Indian journal of veterinary science and animal husbandry - Volume 7,
Year: 1937
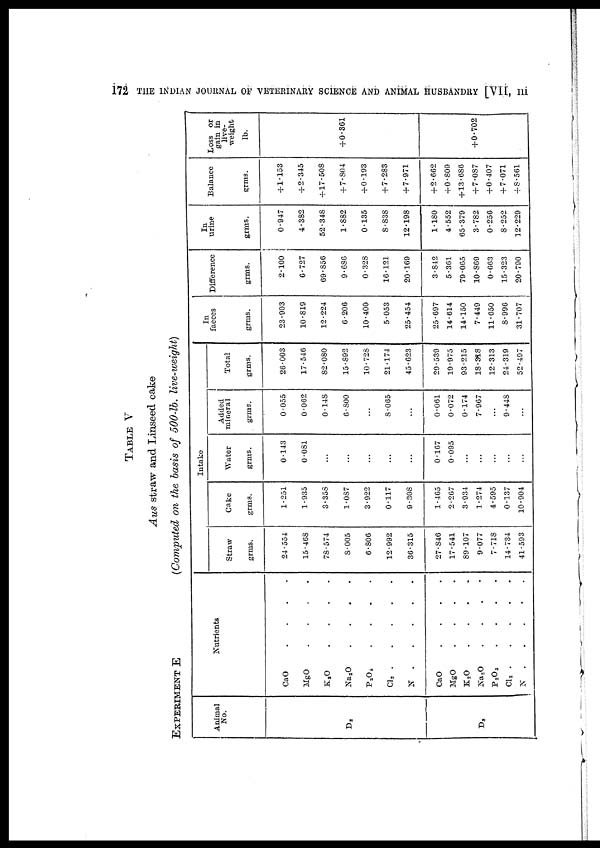
172 THE INDIAN JOURNAL OF VETERINARY SCIENCE AND ANIMAL HUSBANDRY [VII,III
TABLE V
Aus straw and Linseed cake
EXPERIMENT E
(Computed on the basis of 500.lb. live-weight)
Animal
No.
D 2
D 3
Nutrients
CaO . . . . . . .
MgO . . . . . . .
K 2 O . . . . . . .
Na 2 O . . . . . . .
P 2 O 5 . . . . . . .
Cl 2 . . . . . . .
N . . . . . . .
CaO . . . . . . .
MgO . . . . . . .
K 2 O . . . . . . .
Na 2 O . . . . . . .
P 2 O 5 . . . . . . .
Cl 2 . . . . . . .
N . . . . . . .
Intake
Straw
grms.
24.554
15.468
78.574
8.005
6.806
12.992
36.315
27.846
17.541
89.107
9.077
7.718
14.734
41.593
Cake
grms.
1.251
1.935
3.358
1.087
3.922
0.117
9.808
1.465
2.267
3.934
1.274
4.595
0.137
10.904
Water
grms.
0.143
0.081
...
...
...
...
...
0.167
0.095
...
...
...
...
...
Added
mineral
grms.
0.055
0.062
0.148
6.800
...
8.065
...
0.061
0.072
0.174
7.967
...
9.448
...
Total
grms.
26.003
17.546
82.080
15.892
10.728
21.174
45.623
29.539
19.975
93.215
18.318
12.313
24.319
52.497
In
faeces
grms.
23.903
10.819
12.224
6.206
10.400
5.053
25.454
25.697
14.614
14.150
7.449
11.650
8.996
31.707
Difference
grms.
2.100
6.727
69.856
9.686
0.328
16.121
20.169
3.842
5.361
79.065
10.869
0.663
15.323
20.790
In
urine
grms.
0.947
4.382
52.348
1.882
0.135
8.838
12.198
1.180
4.552
65.379
3.782
0.256
8.252
12.229
Balance
grms.
+1.153
+ 2.345
+7.508
+ 7.804
+0.193
+ 7.283
+ 7.971
+ 2.662
+0.809
+ 13.686
+ 7.087
+0.407
+ 7.071
+ 8.561
Loss or
gain in
live.
weight
lb.
+ 0.361
+ 0.702